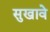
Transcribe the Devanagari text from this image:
सुखावे